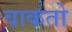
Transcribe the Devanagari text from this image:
वाकतो